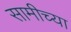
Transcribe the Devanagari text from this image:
सामीच्या